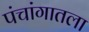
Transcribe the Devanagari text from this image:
पंचांगातला